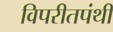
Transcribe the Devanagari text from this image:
विपरीतपंथी